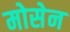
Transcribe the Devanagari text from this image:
मोसेन